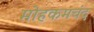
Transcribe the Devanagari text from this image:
मोहकमचंद